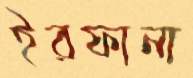
ইরফানা